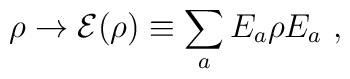
\rho\to {\cal E}(\rho)\equiv\sum_a E_a\rho E_a~,